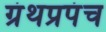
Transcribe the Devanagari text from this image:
ग्रंथप्रपंच